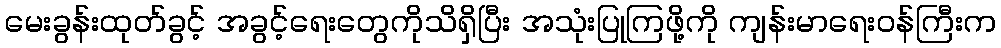
မေးခွန်းထုတ်ခွင့် အခွင့်ရေးတွေကိုသိရှိပြီး အသုံးပြုကြဖို့ကို ကျန်းမာရေးဝန်ကြီးက